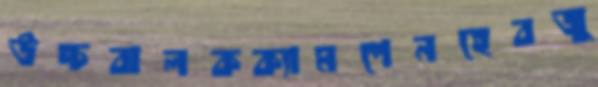
উচ্চবালকক্যামপেনহেবজু